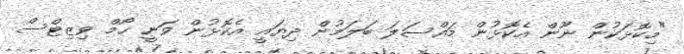
"މިކޮޅަކުން ނޫން އެކޮޅުން މައްސަލަ ބަލަމުން ދިޔައީ އެކޮޅުން ވަނީ ހޯމް ވިޒިޓްސް